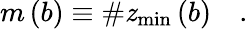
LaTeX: m\left(b\right)\equiv\# \mathit{z}_{\operatorname*{min}}\left(b\right)\quad.